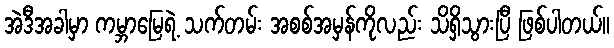
အဲဒီအခါမှာ ကမ္ဘာမြေရဲ့ သက်တမ်း အစစ်အမှန်ကိုလည်း သိရှိသွားပြီ ဖြစ်ပါတယ်။